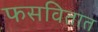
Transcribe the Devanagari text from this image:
फसवितात